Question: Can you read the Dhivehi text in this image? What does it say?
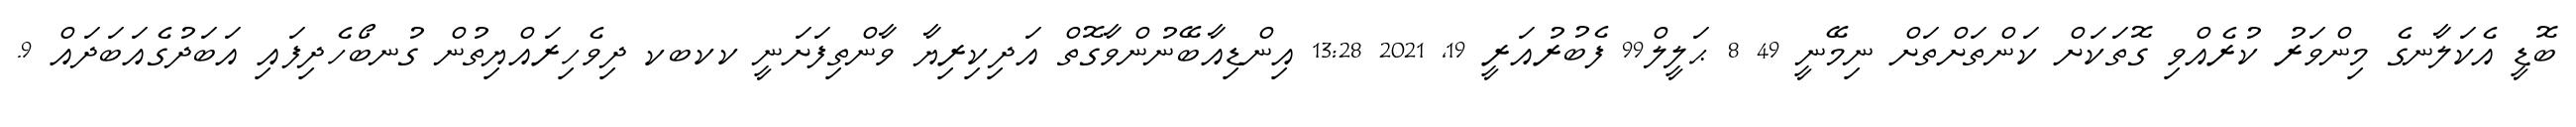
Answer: ބޮޑީ އެކަލާނގެ މިންވަރު ކުރެއްވި ގޮތަކަށް ކަންތަށްތަށް ނިމޭނީ 49 8 ޙަލީލް99 ފެބުރުއަރީ 19, 2021 13:28 އިންޑިއާބޭނުންވާގޮތް އަދިކިރިޔާ ވާންތިފަށަނީ ކކބކ ދިވެހިރައްޔިތުން ގުނބޯހެދިފައި އަބަދުގެއަބަދައް 9.